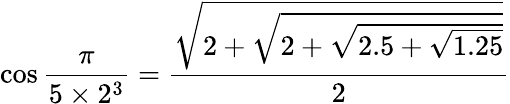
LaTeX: \cos{\frac{\pi}{5\times 2^{3}}}={\frac{\sqrt{2+{\sqrt{2+{\sqrt{2.5+{\sqrt{1.25}}}}}}}}{2}}